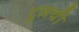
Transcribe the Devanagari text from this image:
टूलची